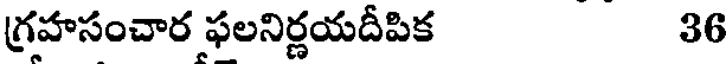
గ్రహసంచార ఫలనిర్ణయదీపిక 36